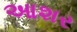
આશર